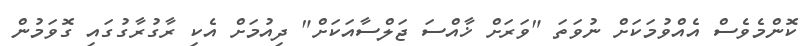
ކޮންމެވެސް އެއްވުމަކަށް ނުވަތަ "ވަރަށް ޚާއްސަ ޖަލްސާއަކަށް" ދިއުމަށް އެކި ރާގުރާގުގައި ގޮވަމުން